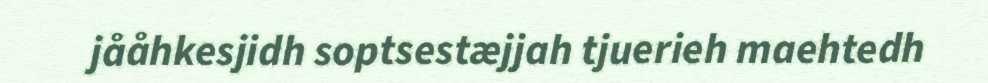
jååhkesjidh soptsestæjjah tjuerieh maehtedh